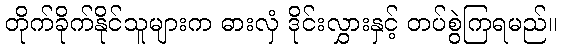
တိုက်ခိုက်နိုင်သူများက ဓားလှံ ဒိုင်းလွှားနှင့် တပ်စွဲကြရမည်။